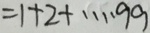
= 1 + 2 + \cdots 9 9